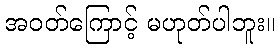
အဝတ်ကြောင့် မဟုတ်ပါဘူး။